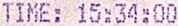
TIME: 15:34:00